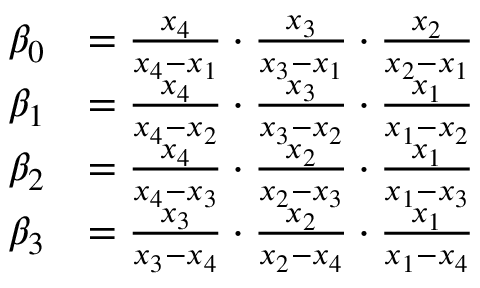
\begin{array} { r l } { \beta _ { 0 } } & { = \frac { x _ { 4 } } { x _ { 4 } - x _ { 1 } } \cdot \frac { x _ { 3 } } { x _ { 3 } - x _ { 1 } } \cdot \frac { x _ { 2 } } { x _ { 2 } - x _ { 1 } } } \\ { \beta _ { 1 } } & { = \frac { x _ { 4 } } { x _ { 4 } - x _ { 2 } } \cdot \frac { x _ { 3 } } { x _ { 3 } - x _ { 2 } } \cdot \frac { x _ { 1 } } { x _ { 1 } - x _ { 2 } } } \\ { \beta _ { 2 } } & { = \frac { x _ { 4 } } { x _ { 4 } - x _ { 3 } } \cdot \frac { x _ { 2 } } { x _ { 2 } - x _ { 3 } } \cdot \frac { x _ { 1 } } { x _ { 1 } - x _ { 3 } } } \\ { \beta _ { 3 } } & { = \frac { x _ { 3 } } { x _ { 3 } - x _ { 4 } } \cdot \frac { x _ { 2 } } { x _ { 2 } - x _ { 4 } } \cdot \frac { x _ { 1 } } { x _ { 1 } - x _ { 4 } } } \end{array}